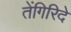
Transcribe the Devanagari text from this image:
तेंगिरिदे